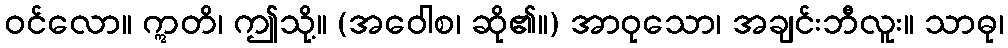
ဝင်လော။ ဣတိ၊ ဤသို့။ (အဝေါစ၊ ဆို၏။) အာဝုသော၊ အချင်းဘီလူး။ သာဓု၊